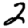
Digit: 2